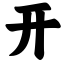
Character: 开